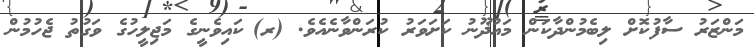
މަންޒަރު ސާފުކޮށް ލިބެމުންދާކަން މައުޛޫނު ކަށަވަރު ކުރަންވާނެއެވެ. (ރ)	ކައިވެނީގެ މަޖިލީހުގެ ވަގުތު ޖެހުމުން